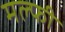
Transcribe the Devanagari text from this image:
मल्फी